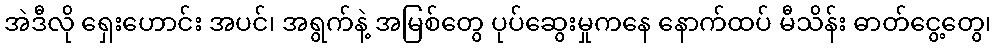
အဲဒီလို ရှေးဟောင်း အပင်၊ အရွက်နဲ့ အမြစ်တွေ ပုပ်ဆွေးမှုကနေ နောက်ထပ် မီသိန်း ဓာတ်ငွေ့တွေ၊